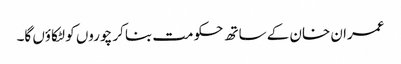
عمران خان کے ساتھ حکومت بنا کر چوروں کو لٹکاؤں گا۔